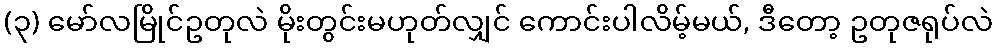
(၃) မော်လမြိုင်ဥတုလဲ မိုးတွင်းမဟုတ်လျှင် ကောင်းပါလိမ့်မယ်, ဒီတော့ ဥတုဇရုပ်လဲ